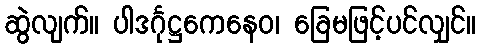
ဆွဲလျက်။ ပါဒင်္ဂုဋ္ဌကေနေဝ၊ ခြေမဖြင့်ပင်လျှင်။